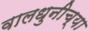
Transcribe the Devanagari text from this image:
वालधुनीच्या